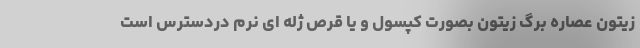
زیتون عصاره برگ زیتون بصورت کپسول و یا قرص ژله ای نرم دردسترس است